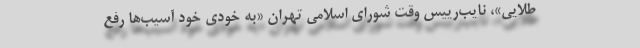
طلايي»، نايب‌‌رييس وقت شوراي اسلامي تهران «به خودي خود آسيب‌ها رفع